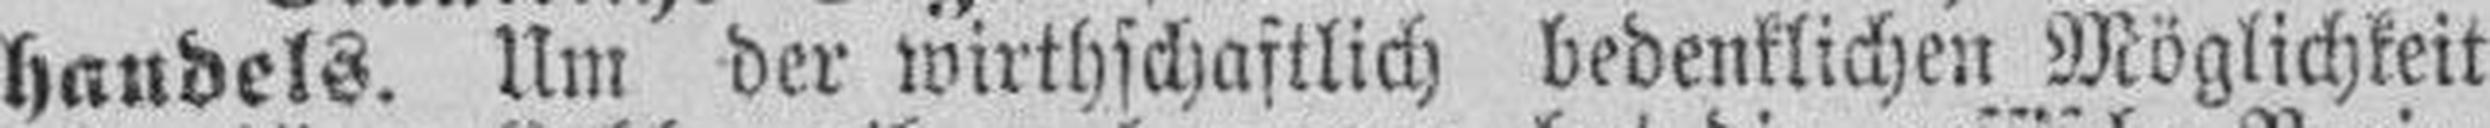
handels. Um der wirthschaftlich bedenklichen Möglichkeit